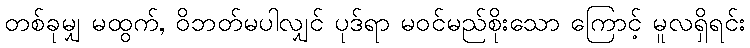
တစ်ခုမျှ မထွက်, ဝိဘတ်မပါလျှင် ပုဒ်ရာ မဝင်မည်စိုးသော ကြောင့် မူလရှိရင်း